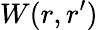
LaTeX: W(r,r^{\prime})